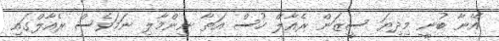
އޭނާ ބުނީ މިދިޔަ ސީޒަން ރެއާލް ހުސް އަތާ ނިންމާލި ނަމަވެސް ރެއާލްގައި